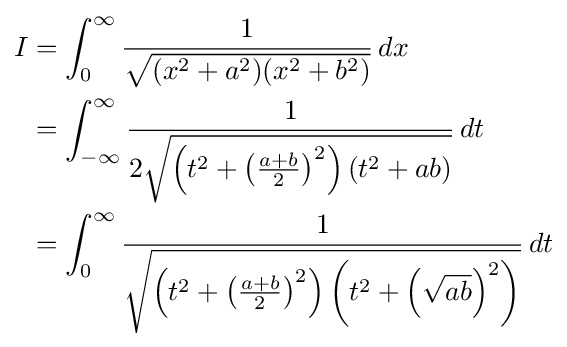
{\begin{aligned}I&=\int _{0}^{\infty }{\frac {1}{\sqrt {(x^{2}+a^{2})(x^{2}+b^{2})}}}\,dx\\&=\int _{-\infty }^{\infty }{\frac {1}{2{\sqrt {\left(t^{2}+\left({\frac {a+b}{2}}\right)^{2}\right)(t^{2}+ab)}}}}\,dt\\&=\int _{0}^{\infty }{\frac {1}{\sqrt {\left(t^{2}+\left({\frac {a+b}{2}}\right)^{2}\right)\left(t^{2}+\left({\sqrt {ab}}\right)^{2}\right)}}}\,dt\end{aligned}}